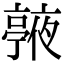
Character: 𠆙